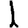
Digit: 1